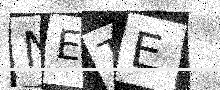
Text: NETE